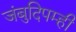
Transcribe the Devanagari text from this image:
जंबुदिपम्ही